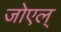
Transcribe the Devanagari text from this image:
जोएल्‌